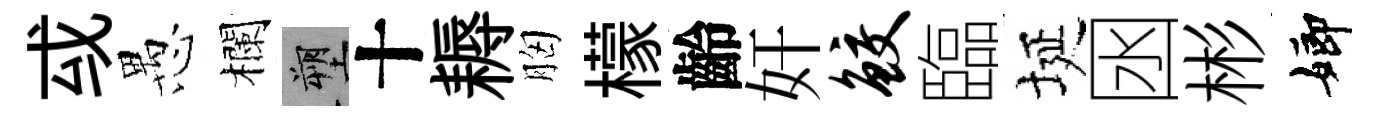
㦯愚欄塑十耨胸檬齡奸鲛臨埏囦彬嫏